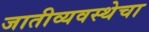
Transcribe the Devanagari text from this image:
जातीव्यवस्थेचा